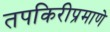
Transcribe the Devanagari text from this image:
तपकिरीप्रमाणे